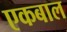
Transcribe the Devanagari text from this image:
एकबाल